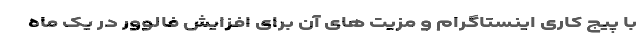
با پیج کاری اینستاگرام و مزیت های آن برای افزایش فالوور در یک ماه